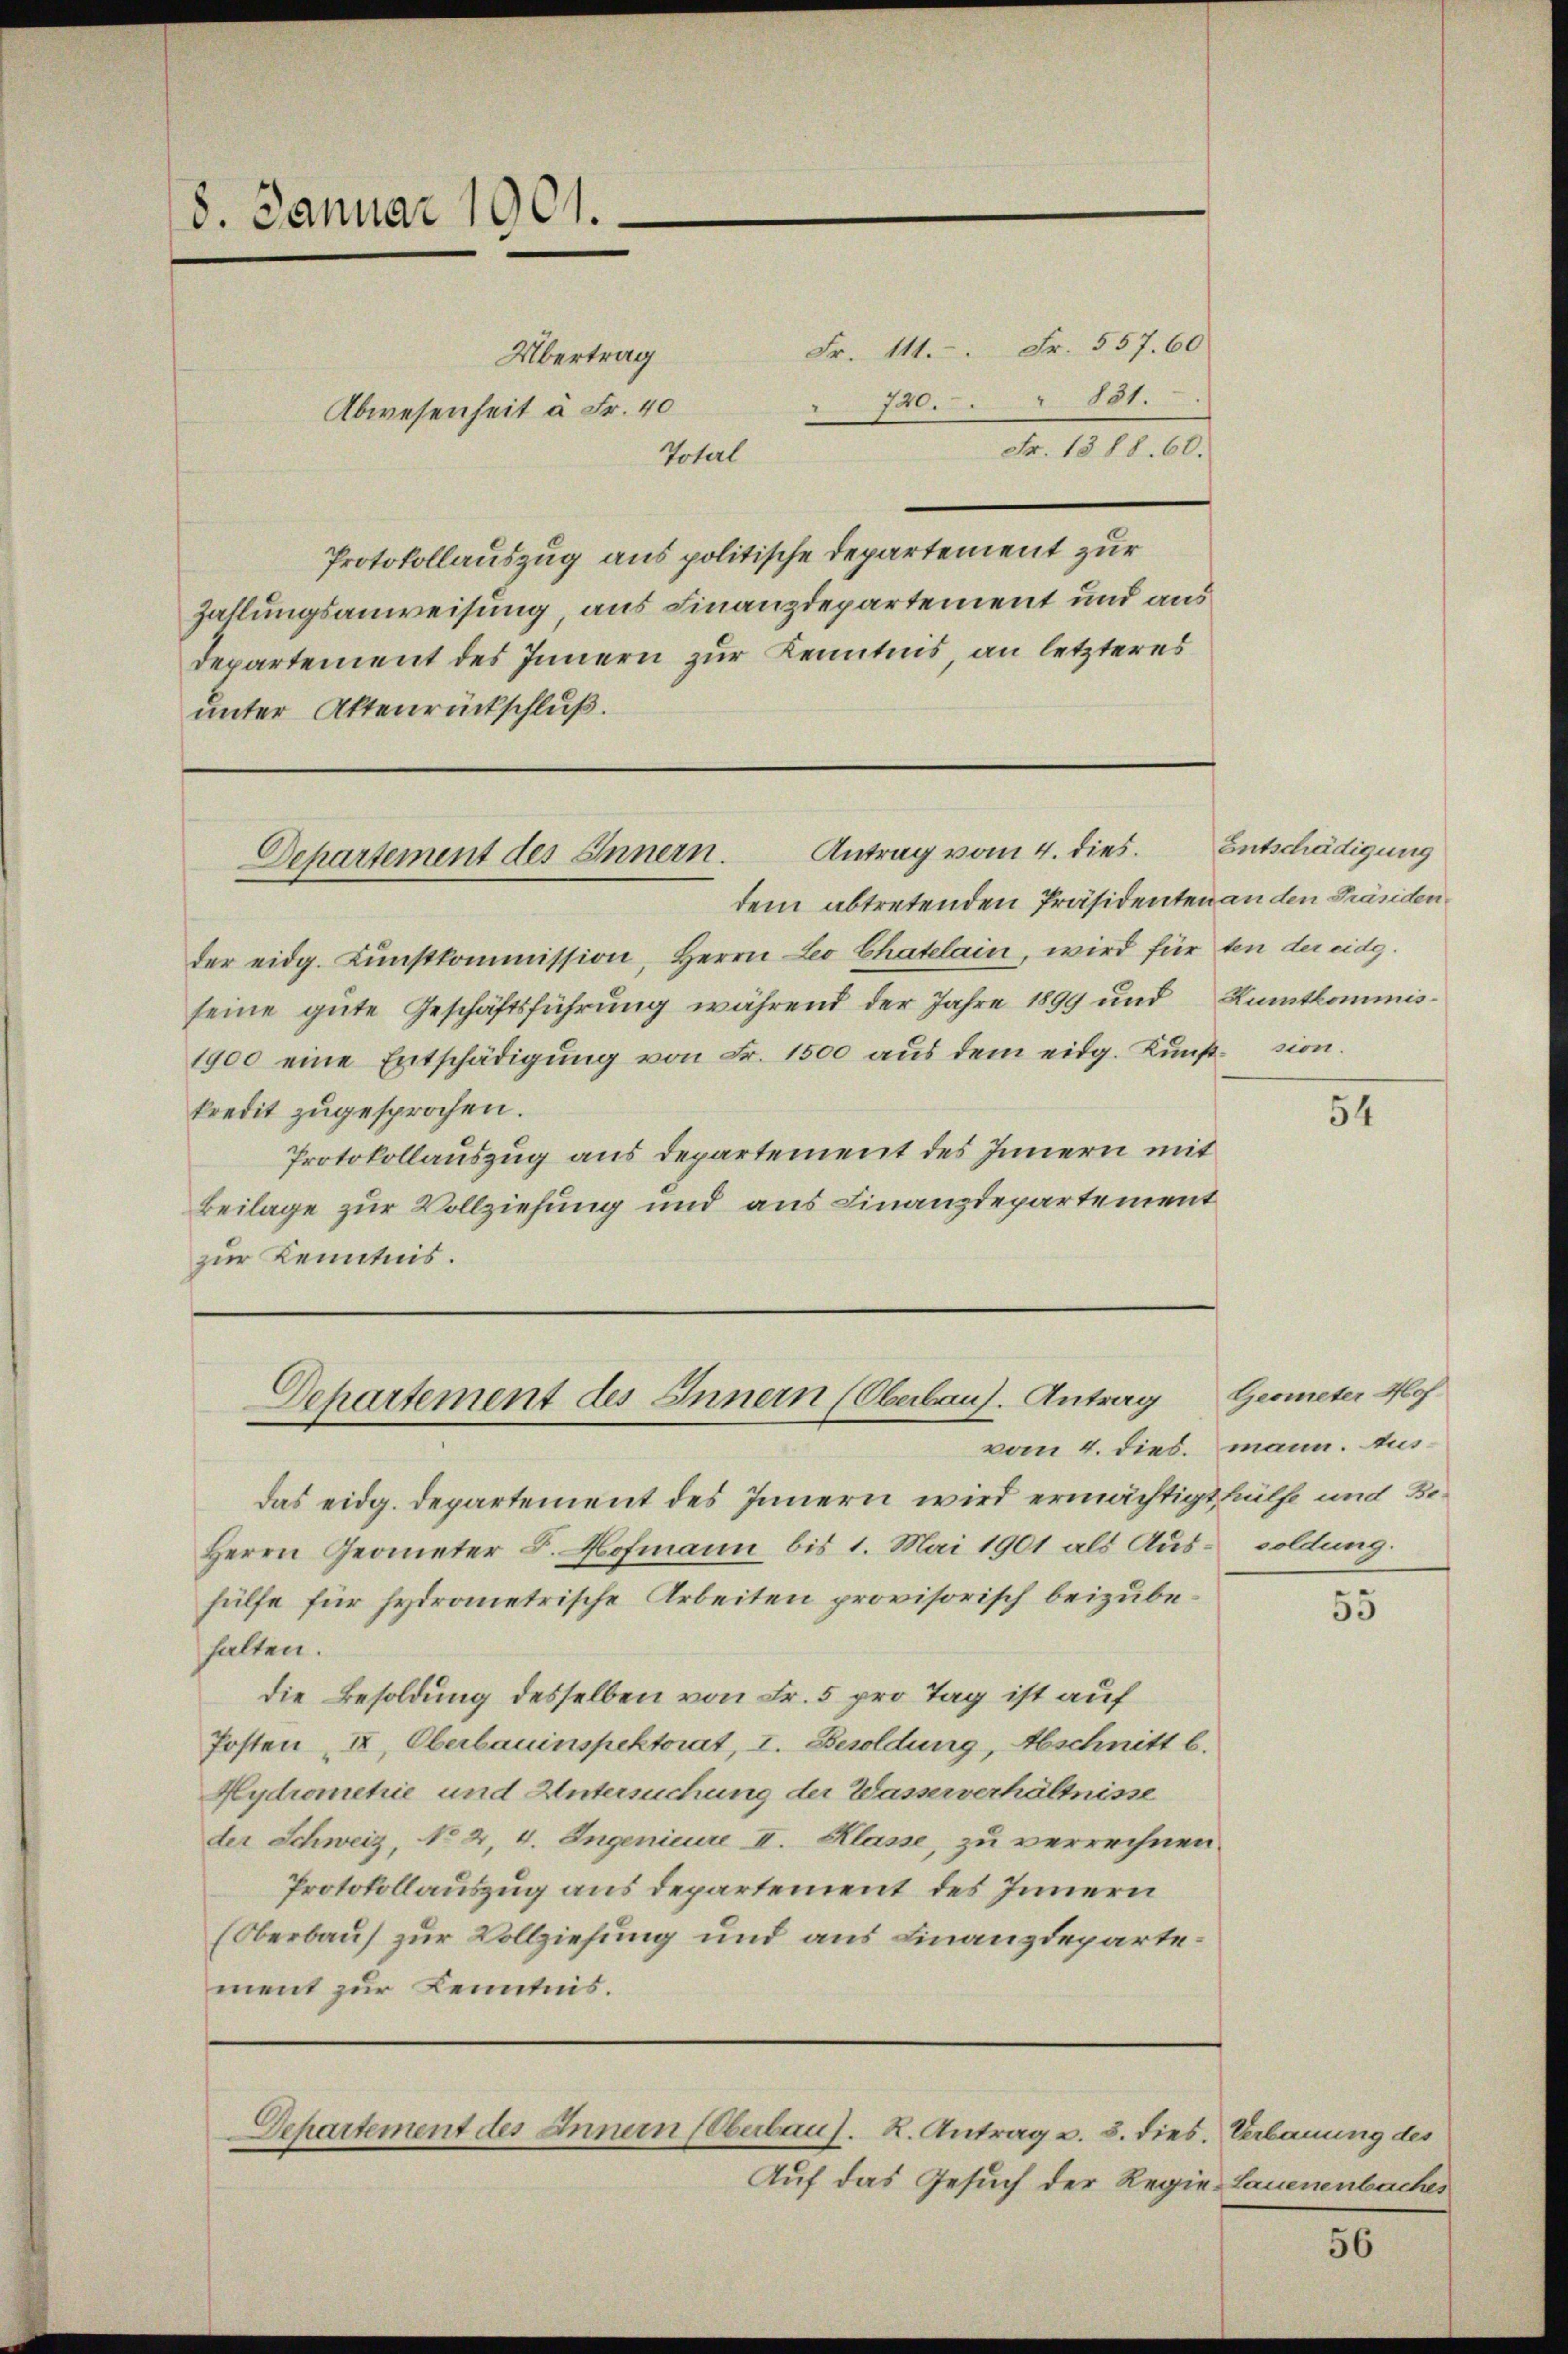
8. Januar 1901.

Protokollauszug aus politische Departement zur
Zahlungsanweisung, aus Finanzdepartement und aus
Departement des Innern zur Kenntnis, an letzteres
unter Aktenrückschluß.

Abwesenheit à Fr. 40
Total

Fr. 1388. 60.

dem abtretenden Präsidenten an den Präsidender eidg. Kŭnstkommission, Herrn Leo Chatelain, wird für ten der eidg.
seine gute Geschäftsführung während der Jahre 1899 und Rumtkommis¬
1900 eine Entschädigŭng von Fr. 1500 aŭs dem eidg. Kŭnst-sion.
kredit zugesprochen.
Protokollauszug aus Departement des Innern mit
Beilage zur Vollziehung und aus Finanzdepartement
zur Kenntnis.

Antrag vom 4. dies. Entschädigung
Departement des Innern.

Departement des Innern (Oberbaus. Antrag

Übertrag

Fr. 114. Fr. 557. 60
 720. 831.

Departement des Innern (Oberbau s. R. Antrag u. 3. dies Verbauung des

Auf das Gesuch der Regie-Lauenenbaches

das eidg. Departement des Innern wird ermächtigt hülfe und Be¬
Herrn Geometer B. Hofmann bis 1. Mai 1901 als Aus- soldung.
hülfe für hydrometrische Arbeiten provisorisch beizubehalten.
die Besoldung desselben von Fr. 5 pro Tag ist auf
Posten II., Oberbauinspektorat, I. Besoldung, Abschnitt b.
Hydrometrie und Untersuchung der Wasserverhältnisse
der Schweiz, No 2, 4. Ingenieure II. Klasse, zu verrechnen
Protokollauszug aus departement des Innern
(Oberbaus zur Vollziehung und aus Finanzdepartement zur Kenntnis.

vom 4. dies. mann. Aus¬

54

Geometer Hof

55

56